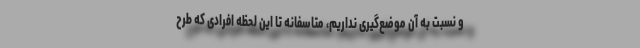
و نسبت به آن موضع‌گیری نداریم، متاسفانه تا این لحظه افرادی که طرح